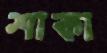
শাকা